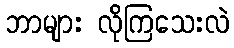
ဘာများ လိုကြသေးလဲ